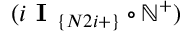
( i \textbf { I } _ { \{ N 2 i + \} } \circ \mathbb { N } ^ { + } )